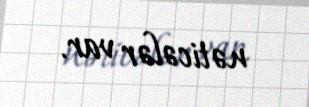
nəticələr var.